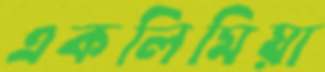
একলিমিয়া